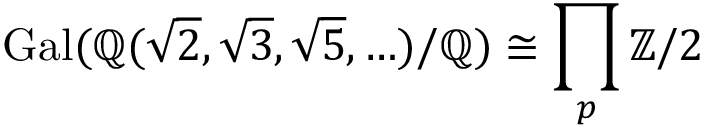
\operatorname { G a l } ( \mathbb { Q } ( { \sqrt { 2 } } , { \sqrt { 3 } } , { \sqrt { 5 } } , \ldots ) / \mathbb { Q } ) \cong \prod _ { p } \mathbb { Z } / 2